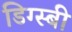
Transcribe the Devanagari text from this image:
डिग्स्बी